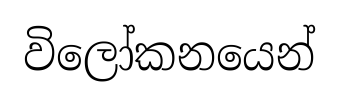
විලෝකනයෙන්